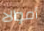
أموالا